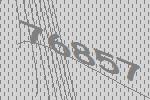
76857